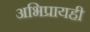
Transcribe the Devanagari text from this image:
अभिप्रायही